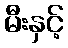
မီးနှင့်